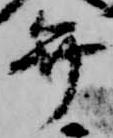
弁